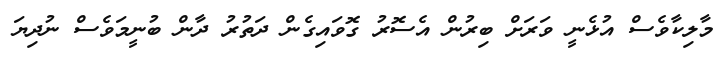
މާލިކާވެސް އުޅެނީ ވަރަށް ބިރުން އެސޮރު ގޮވައިގެން ދަތުރު ދާން ބުނީމަވެސް ނުދިޔަ